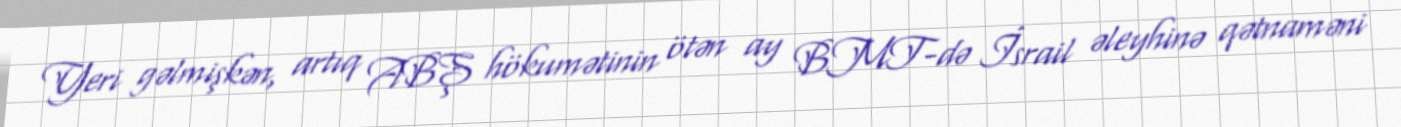
Yeri gəlmişkən, artıq ABŞ hökumətinin ötən ay BMT-də İsrail əleyhinə qətnaməni